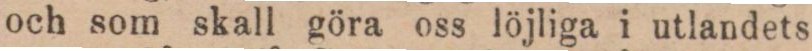
och som skall göra oss löjliga i utlandets